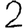
Digit: 2